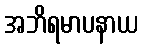
အဘိရမာပနာယ